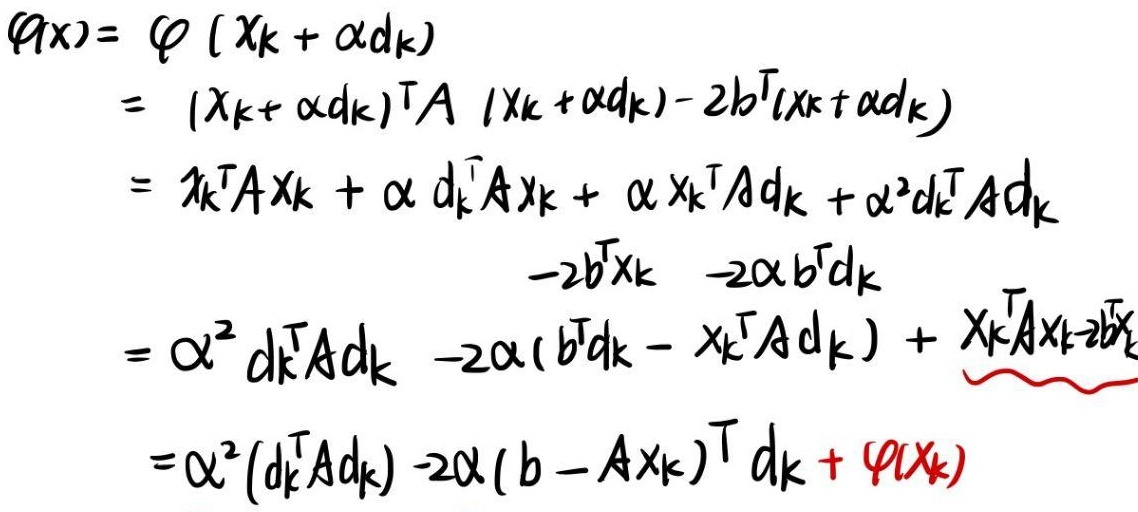
\begin{align*}
\varphi(x) &= \varphi(x_k + \alpha d_k) \\
&= (x_k + \alpha d_k)^T A (x_k + \alpha d_k) - 2b^T(x_k + \alpha d_k) \\
&= x_k^T A x_k + \alpha d_k^T A x_k + \alpha x_k^T A d_k + \alpha^2 d_k^T A d_k \\
&\quad\quad\quad\quad\quad - 2b^T x_k - 2\alpha b^T d_k \\
&= \alpha^2 d_k^T A d_k - 2\alpha(b^T d_k - x_k^T A d_k) + x_k^T A x_k - 2b^T x_k \\
&= \alpha^2 (d_k^T A d_k) - 2\alpha(b - A x_k)^T d_k + \varphi(x_k)
\end{align*}